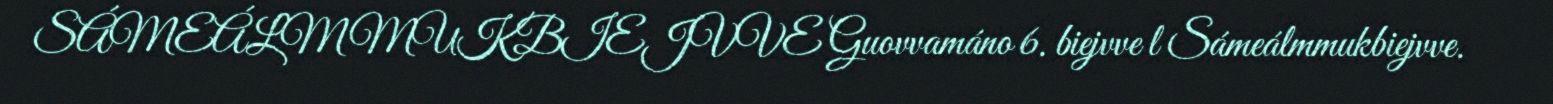
SÁMEÁLMMUKBIEJVVE Guovvamáno 6. biejvve l Sámeálmmukbiejvve.